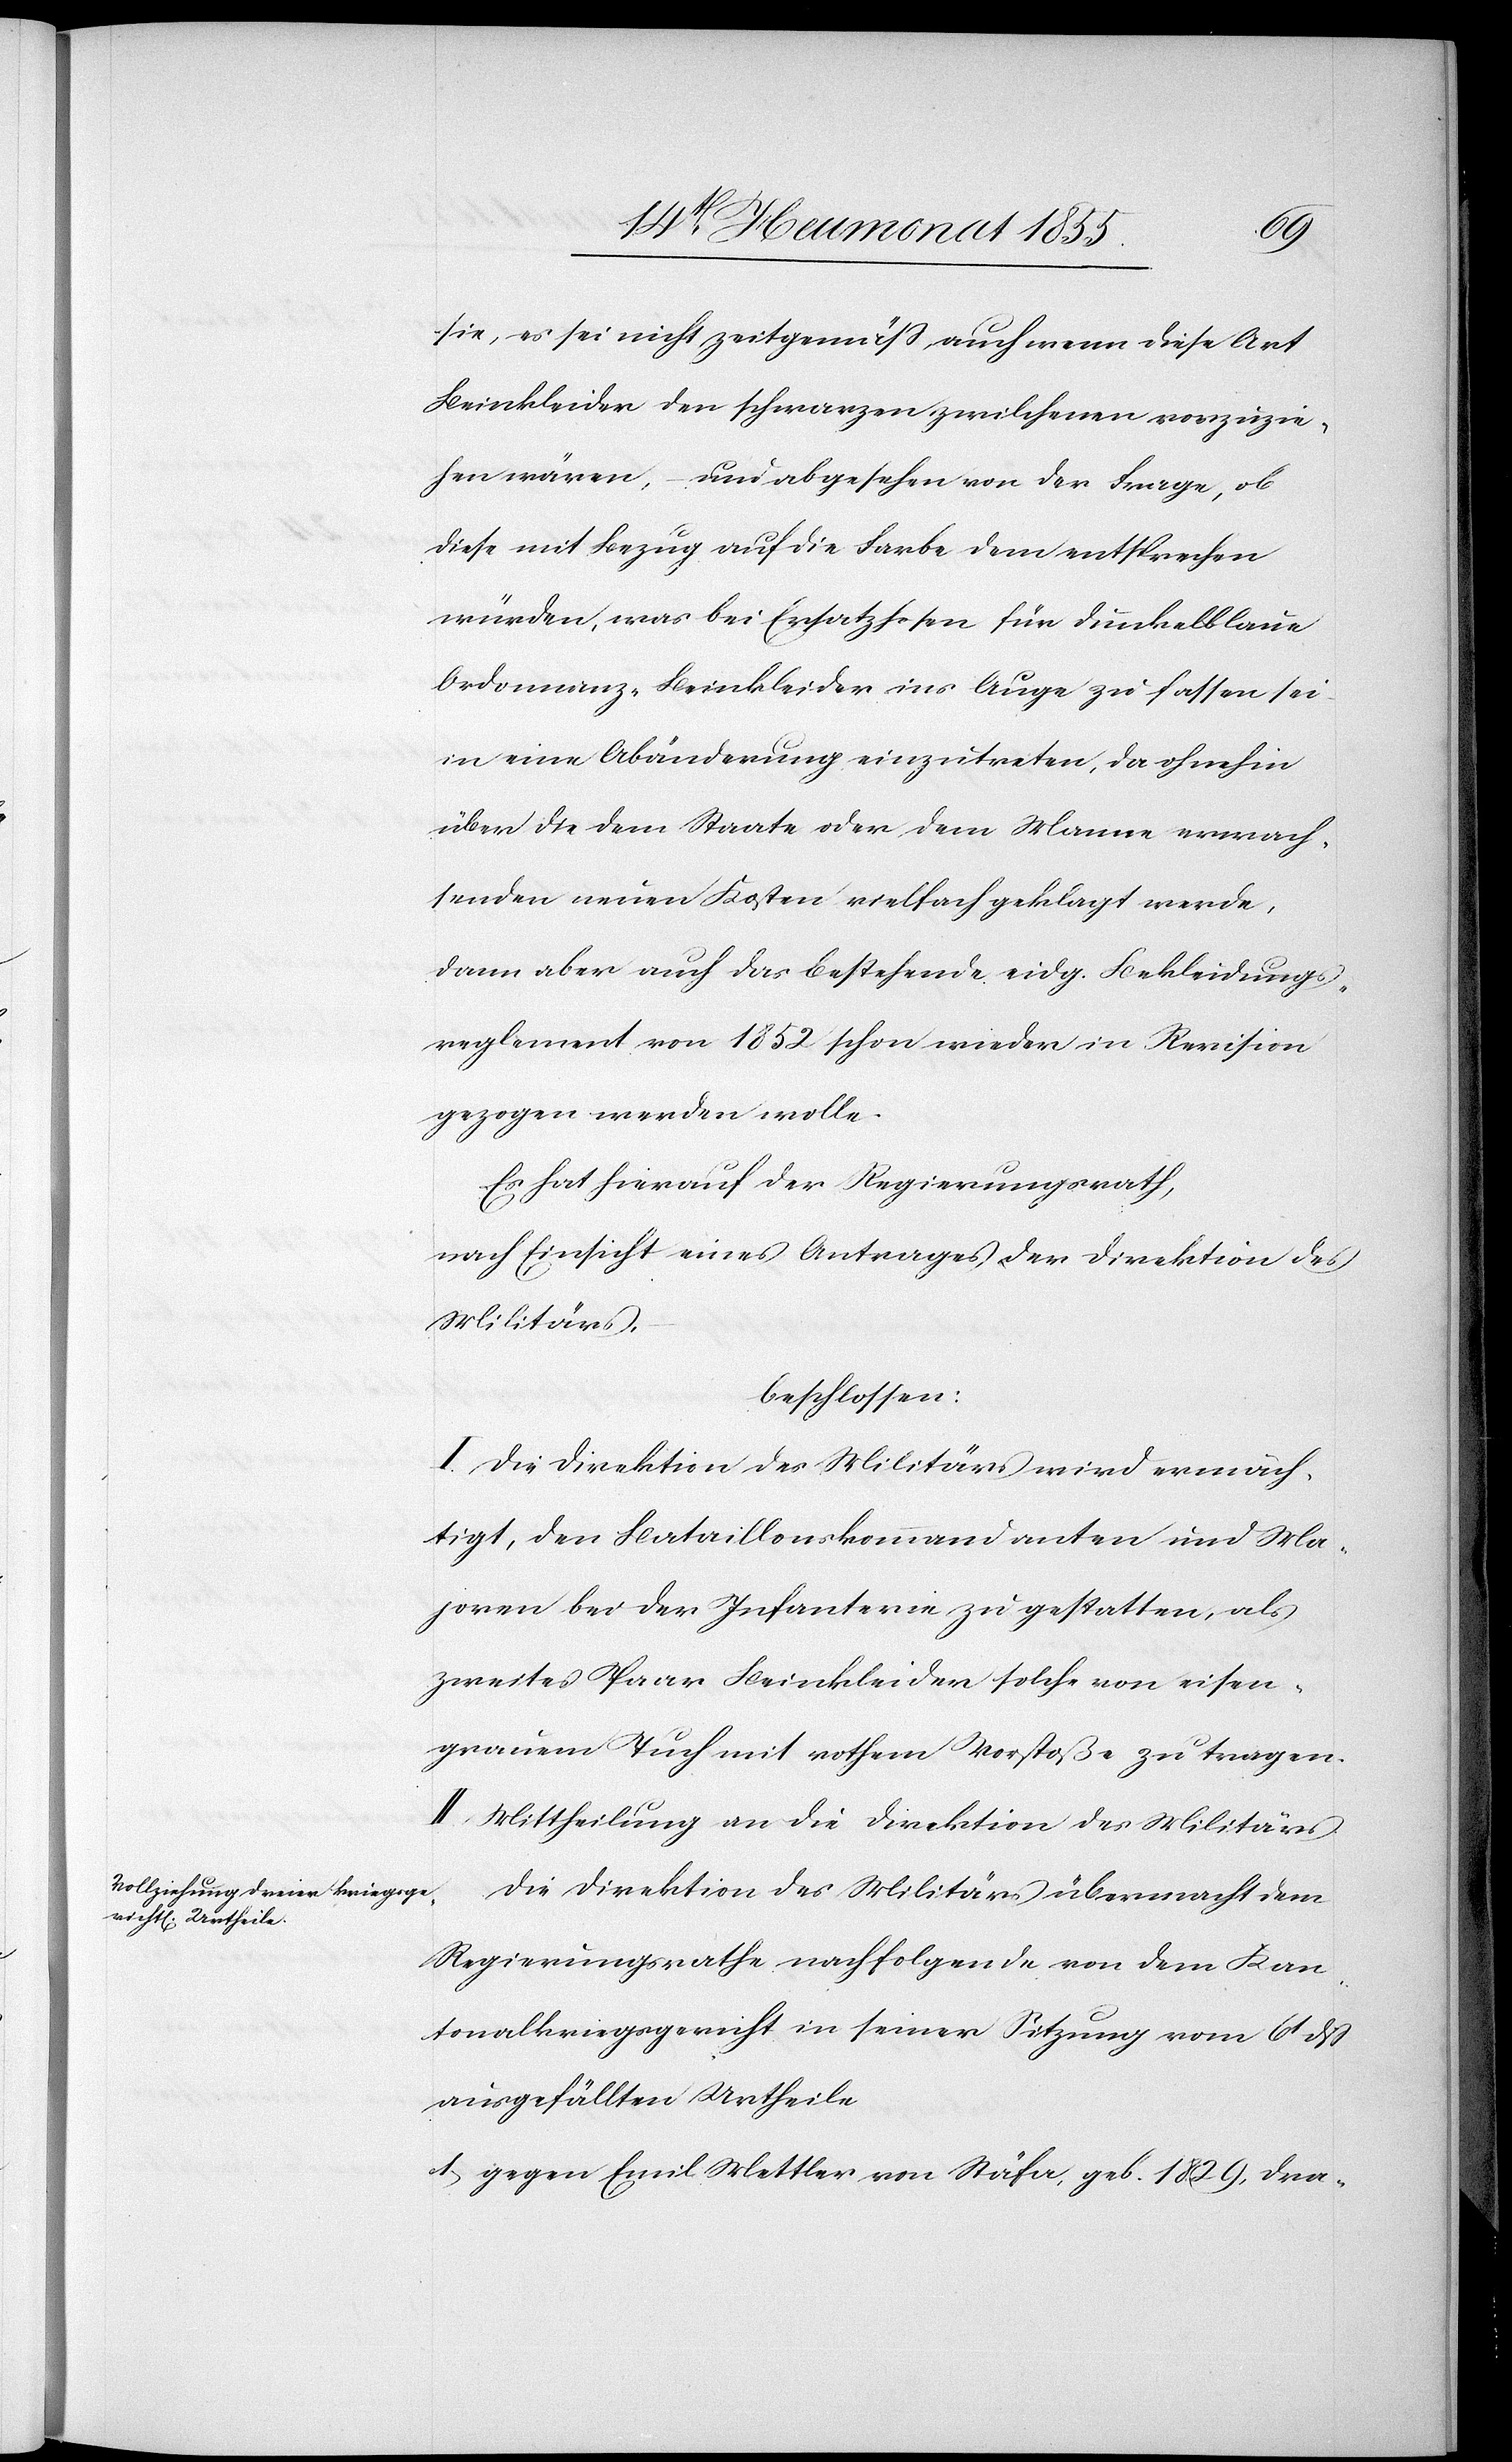
sie, es sei nicht zeitgemäß, auch wenn diese Art
Beinkleider den schwarzen zwilchenen vorzuzie¬
hen wären, – und abgesehen von der Frage, ob
diese mit Bezug auf die Farbe dem entsprechen
würden, was bei Ersatzhosen für dunkelblaue
Ordonnanz-Beinkleider ins Auge zu fassen sei
in eine Abänderung einzutreten, da ohnehin
über die dem Staate oder dem Manne erwach¬
senden neuen Kosten vielfach geklagt werde,
dann aber auch das bestehende eidg. Bekleidungs¬
reglement von 1852 schon wieder in Revision
gezogen werden wolle.
Es hat hierauf der Regierungsrath,
nach Einsicht eines Antrages der Direktion des
Militärs,
beschlossen:
I. Die Direktion des Militärs wird ermäch¬
tigt, den Bataillonskommandanten und Ma¬
joren bei der Infanterie zu gestatten, als
zweites Paar Beinkleider solche von eisen¬
grauem Tuch mit rothem Vorstoße zu tragen.
II. Mittheilung an die Direktion des Militärs.
Die Direktion des Militärs übermacht dem
Regierungsrathe nachfolgende von dem Kan¬
tonalkriegsgericht in seiner Sitzung vom 6t dß
ausgefällten Urtheile
gegen Emil Mettler von Stäfa, geb. 1829, Dra-